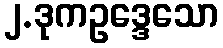
၂.ဒုကဥဒ္ဒေသော